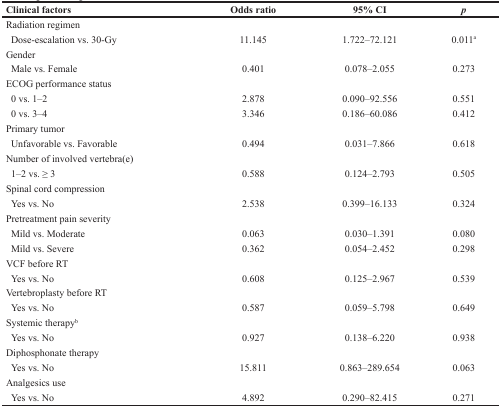
| Clinical factors | Odds ratio | 95% CI | p |
 | --- | --- | --- | --- |
 | Radiation regimen |  |  |  |
 | Dose-escalation vs. 30-Gy | 11.145 | 1.722–72.121 | 0.011a |
 | Gender |  |  |  |
 | Male vs. Female | 0.401 | 0.078–2.055 | 0.273 |
 | ECOG performance status |  |  |  |
 | 0 vs. 1–2 | 2.878 | 0.090–92.556 | 0.551 |
 | 0 vs. 3–4 | 3.346 | 0.186–60.086 | 0.412 |
 | Primary tumor |  |  |  |
 | Unfavorable vs. Favorable | 0.494 | 0.031–7.866 | 0.618 |
 | Number of involved vertebra(e) |  |  |  |
 | 1–2 vs. ≥ 3 | 0.588 | 0.124–2.793 | 0.505 |
 | Spinal cord compression |  |  |  |
 | Yes vs. No | 2.538 | 0.399–16.133 | 0.324 |
 | Pretreatment pain severity |  |  |  |
 | Mild vs. Moderate | 0.063 | 0.030–1.391 | 0.080 |
 | Mild vs. Severe | 0.362 | 0.054–2.452 | 0.298 |
 | VCF before RT |  |  |  |
 | Yes vs. No | 0.608 | 0.125–2.967 | 0.539 |
 | Vertebroplasty before RT |  |  |  |
 | Yes vs. No | 0.587 | 0.059–5.798 | 0.649 |
 | Systemic therapyb |  |  |  |
 | Yes vs. No | 0.927 | 0.138–6.220 | 0.938 |
 | Diphosphonate therapy |  |  |  |
 | Yes vs. No | 15.811 | 0.863–289.654 | 0.063 |
 | Analgesics use |  |  |  |
 | Yes vs. No | 4.892 | 0.290–82.415 | 0.271 |